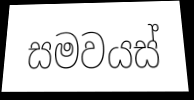
සමවයස්